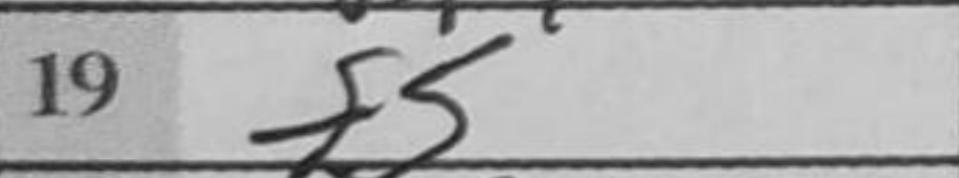
Transcription: f5